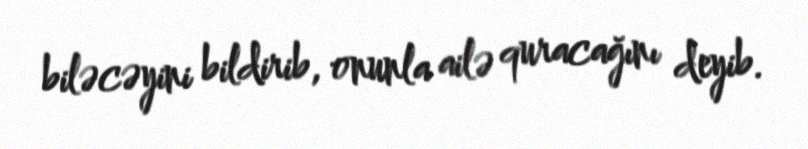
biləcəyini bildirib, onunla ailə quracağını deyib.